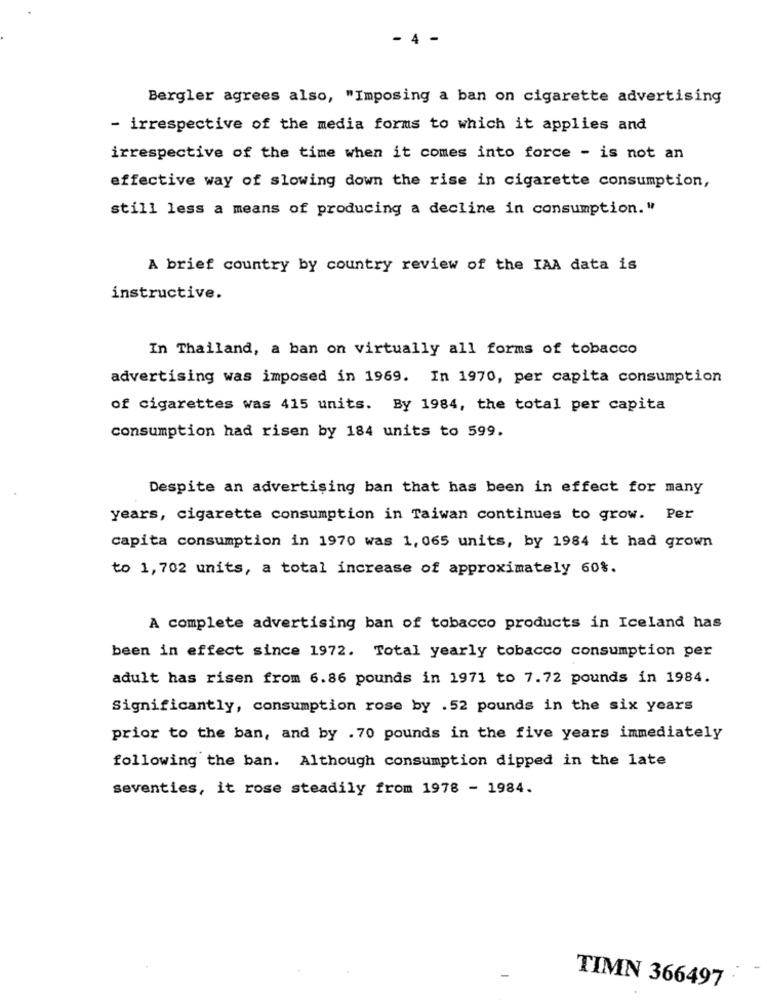
- 4 -
Bergler agrees also, "Imposing a ban on cigarette advertising
- irrespective of the media forms to which it applies and
irrespective of the time when it comes into force - is not an
effective way of slowing down the rise in cigarette consumption,
still less a means of producing a decline in consumption."
A brief country by country review of the IAA data is
instructive.
In Thailand, a ban on virtually all forms of tobacco
advertising was imposed in 1969. In 1970, per capita consumption
of cigarettes was 415 units. By 1984, the total per capita
consumption had risen by 184 units to 599.
Despite an advertising ban that has been in effect for many
years, cigarette consumption in Taiwan continues to grow. Per
capita consumption in 1970 was 1, 065 units, by 1984 it had grown
to 1,702 units, a total increase of approximately 60%.
A complete advertising ban of tobacco products in Iceland has
been in effect since 1972. Total yearly tobacco consumption per
adult has risen from 6.86 pounds in 1971 to 7.72 pounds in 1984.
Significantly, consumption rose by .52 pounds in the six years
prior to the ban, and by .70 pounds in the five years immediately
following the ban. Although consumption dipped in the late
seventies, it rose steadily from 1978 - 1984.
TIMN 366497